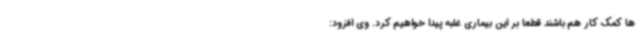
ها کمک کار هم باشند قطعا بر این بیماری غلبه پیدا خواهیم کرد. وی افزود: